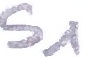
Text: S1